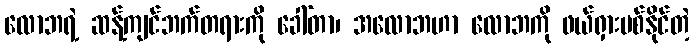
လောဘရဲ့ ဆန့်ကျင်ဘက်တရားကို ခေါ်တာ၊ အလောဘဟာ လောဘကို ဖယ်ရှားပစ်နိုင်တဲ့